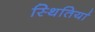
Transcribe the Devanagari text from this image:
स्थितिया॑